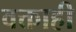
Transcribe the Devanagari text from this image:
वक्ताही